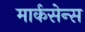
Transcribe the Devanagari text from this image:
मार्कसेन्स